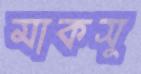
মাকসু